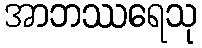
အာဘဿရေသု